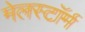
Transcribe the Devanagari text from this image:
मेलस्टाॅर्म